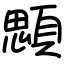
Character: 顋